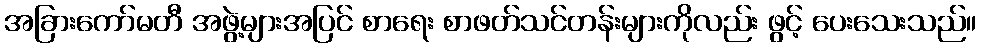
အခြားကော်မတီ အဖွဲ့များအပြင် စာရေး စာဖတ်သင်တန်းများကိုလည်း ဖွင့် ပေးသေးသည်။